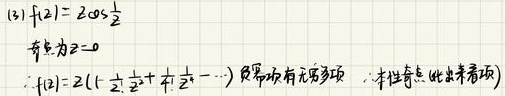
(3) $f(z)=2\cos\frac{1}{z}$

奇点为$z = 0$

$\because f(z)=2(1-\frac{1}{2!}z^{-2}+\frac{1}{4!}z^{-4}-\cdots)$  负幂项有无穷多项，本性奇点（此处未看项）